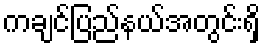
ကချင်ပြည်နယ်အတွင်းရှိ